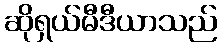
ဆိုရှယ်မီဒီယာသည်